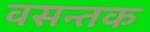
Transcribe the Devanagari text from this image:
वसन्तक